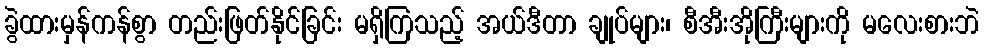
ခွဲထားမှန်ကန်စွာ တည်းဖြတ်နိုင်ခြင်း မရှိကြသည့် အယ်ဒီတာ ချုပ်များ၊ စီအီးအိုကြီးများကို မလေးစားဘဲ